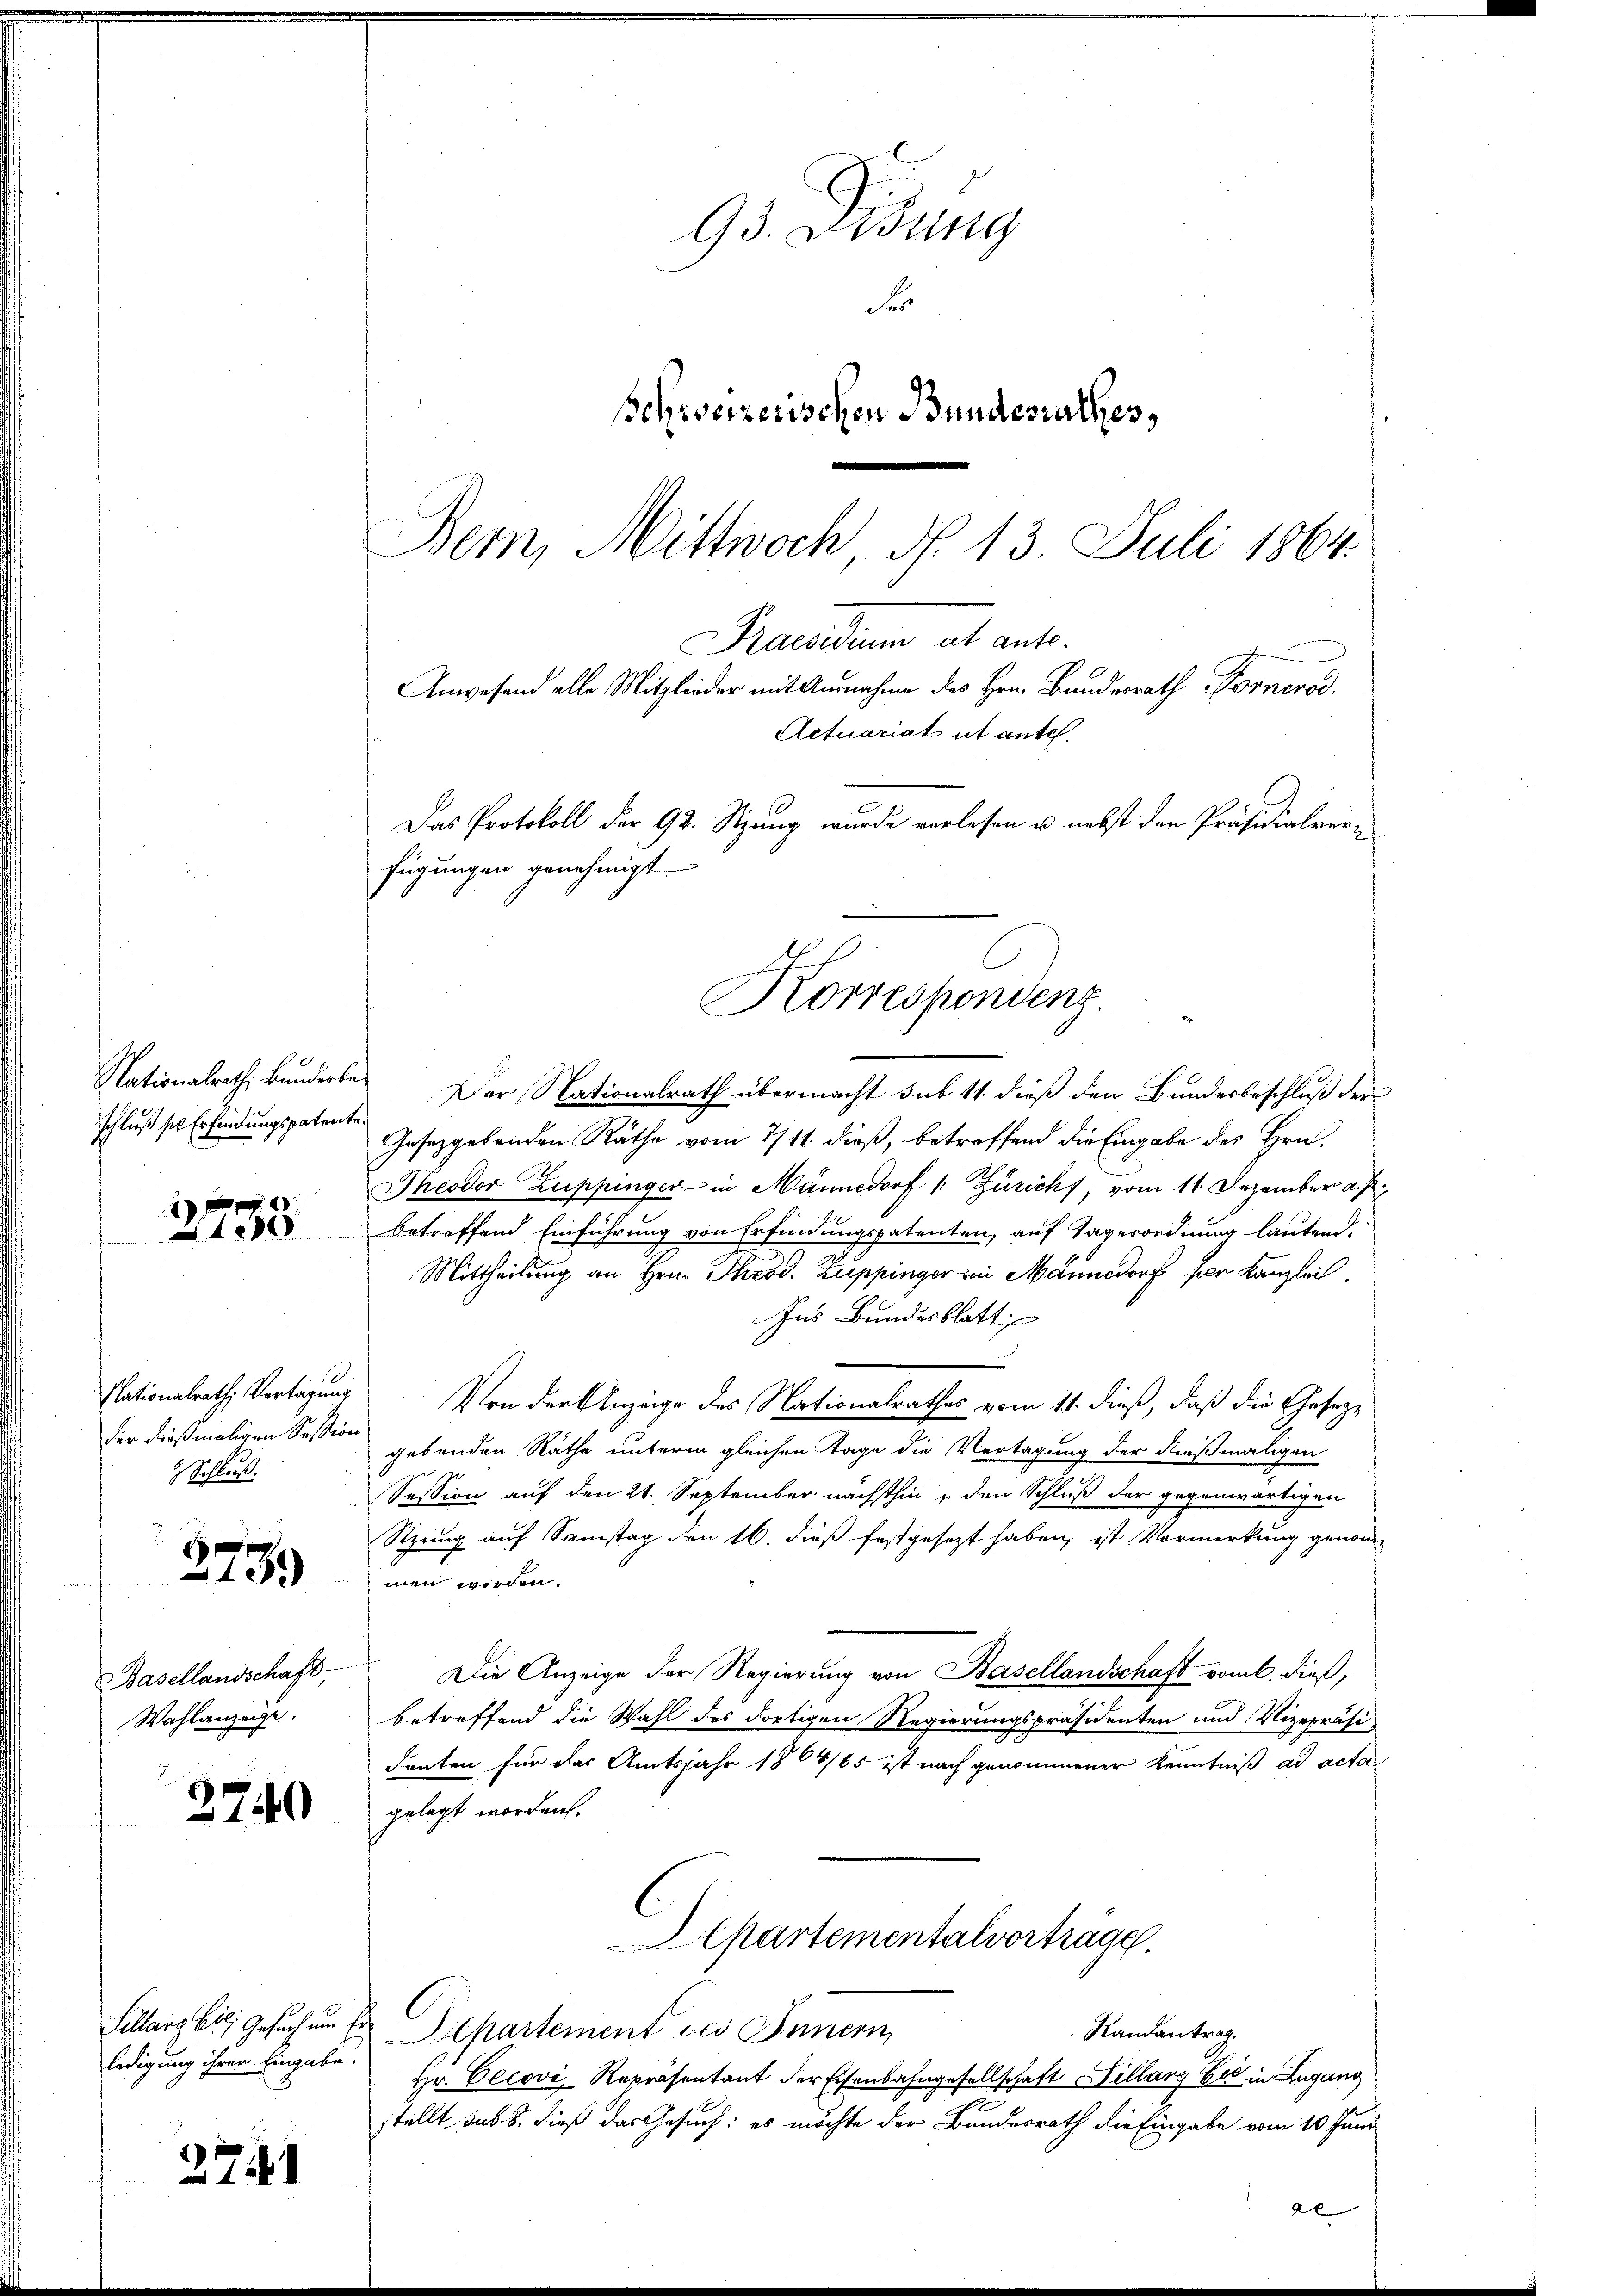
Nationalrath, Bunderte
schluß sie Erfindungspatente

2
1080

273.

Basellandschaft
Wahlanzeige.

2740

2741

93. Disung
Fr
schweizerischen Bundesrathes,
.
Bern, Mittwoch, d. 13. Juli 1864.

Nationalrath Vertagung
der dießmaligen Session
2 Schluß.

ledigung ihrer Eingabe.

Praesidium et ante.
Anwesend alle Mitglieder mit Annahme des Hrn. Bundesrath Fornerod
Actuariat ut antel.
Das Protokoll der 92. Sitzung wurde vorlesen u. nebst den Präsidialvere
fügungen genehmigt.
Korrespondenz.

Der Nationalrath übermacht sub 11. dieß den Bundesbeschluß der
Gesetzgebenden Räthe vom 7/11. dieß, betreffend die Eingabe des Hrn.
Theodor Zuppinger in Männedorf /: Zürich, vom 11. Dezember a. p
betreffend Einführung von Erfindungspatenten, auf Tagesordnung lautend.
Mittheilung an Hrn. Theod. Zuppinger ein Männedorf per Kanzlei
Ins Bundesblatt
Von der Anzeige des Nationalrathes vom 11. dieß, daß die Gesezgebenden Räthe unterm gleichen Tage die Vertagung der dießmaligen
Session auf den 21. September nächsthin & den Schluß der gegenwärtigen
Stzung auf Samstag den 16. dieß festgesezt haben, ist Vormerkung genommen worden.
Die Anzeige der Regierung von Basellandschaft vom 6. dieß,
betreffend die Wahl des dortigen Regierungspräsidenten und Vizepräsi-
denten für das Amtsjahr 1804/65 ist nach genommener Kenntniß ad acta
gelegt worden.
Apartementalvortrage
Sillars bis Gesuchen Departement des Innern
Randantrag.
Hr. Clcovi, Repräsentant der Eisenbahngesellschaft Hillars Eid in Zugang
stellt sub 8. dieß das Gesuch: es möchte der Bundesrath die Eingabe vom 10. Juni
2